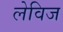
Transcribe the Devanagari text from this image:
लेविज